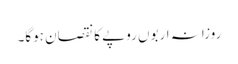
روزانہ اربوں روپے کا نقصان ہوگا۔